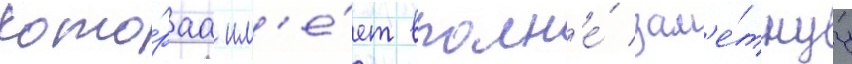
кото́раа им'е́ет вполн'е́ зам'е́тнуу